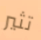
تثير